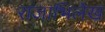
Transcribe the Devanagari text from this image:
राजाभिलेख